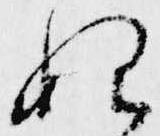
始